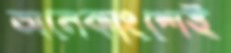
অনেকাংশেই